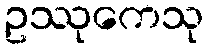
ဥဿုကေသု